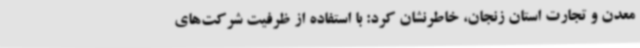
معدن و تجارت استان زنجان، خاطرنشان کرد: با استفاده از ظرفیت شرکت‌های